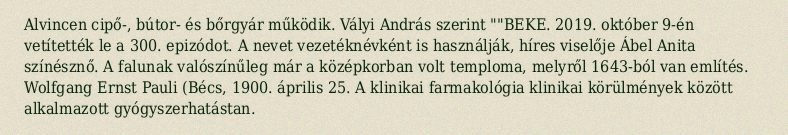
Alvincen cipő-, bútor- és bőrgyár működik. Vályi András szerint ""BEKE. 2019. október 9-én vetítették le a 300. epizódot. A nevet vezetéknévként is használják, híres viselője Ábel Anita színésznő. A falunak valószínűleg már a középkorban volt temploma, melyről 1643-ból van említés. Wolfgang Ernst Pauli (Bécs, 1900. április 25. A klinikai farmakológia klinikai körülmények között alkalmazott gyógyszerhatástan.